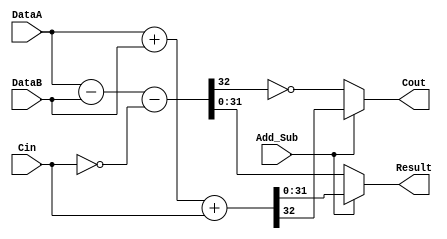
module lm32_addsub (
    // ----- Inputs -------
    DataA, 
    DataB, 
    Cin, 
    Add_Sub, 
    // ----- Outputs -------
    Result, 
    Cout
    );

/////////////////////////////////////////////////////
// Inputs
/////////////////////////////////////////////////////

input [31:0] DataA;
input [31:0] DataB;
input Cin;
input Add_Sub;

/////////////////////////////////////////////////////
// Outputs
/////////////////////////////////////////////////////

output [31:0] Result;
wire   [31:0] Result;
output Cout;
wire   Cout;

/////////////////////////////////////////////////////
// Instantiations
///////////////////////////////////////////////////// 

	     wire [32:0] tmp_addResult = DataA + DataB + Cin;
	     wire [32:0] tmp_subResult = DataA - DataB - !Cin;   
   
	     assign  Result = (Add_Sub == 1) ? tmp_addResult[31:0] : tmp_subResult[31:0];
	     assign  Cout = (Add_Sub == 1) ? tmp_addResult[32] : !tmp_subResult[32];


endmodule